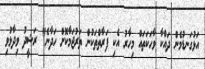
އަޅުގަނޑުމެން ދައްކާ ވާހަކަތައް މިހާރު އެކި ފަރާތްތަކުން ތަރުޖަމާކޮށް ހަދާނެ" ރަޝީދު ވިދާޅުވި